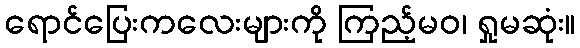
ရောင်ပြေးကလေးများကို ကြည့်မဝ၊ ရှုမဆုံး။